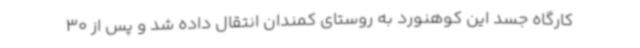
کارگاه جسد این کوهنورد به روستای کمندان انتقال داده شد و پس از 30